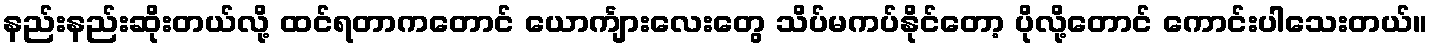
နည်းနည်းဆိုးတယ်လို့ ထင်ရတာကတောင် ယောင်္ကျားလေးတွေ သိပ်မကပ်နိုင်တော့ ပိုလို့တောင် ကောင်းပါသေးတယ်။